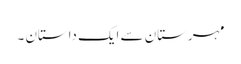
مہرستان سے ایک داستان ۔